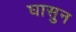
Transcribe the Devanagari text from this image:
घासुन